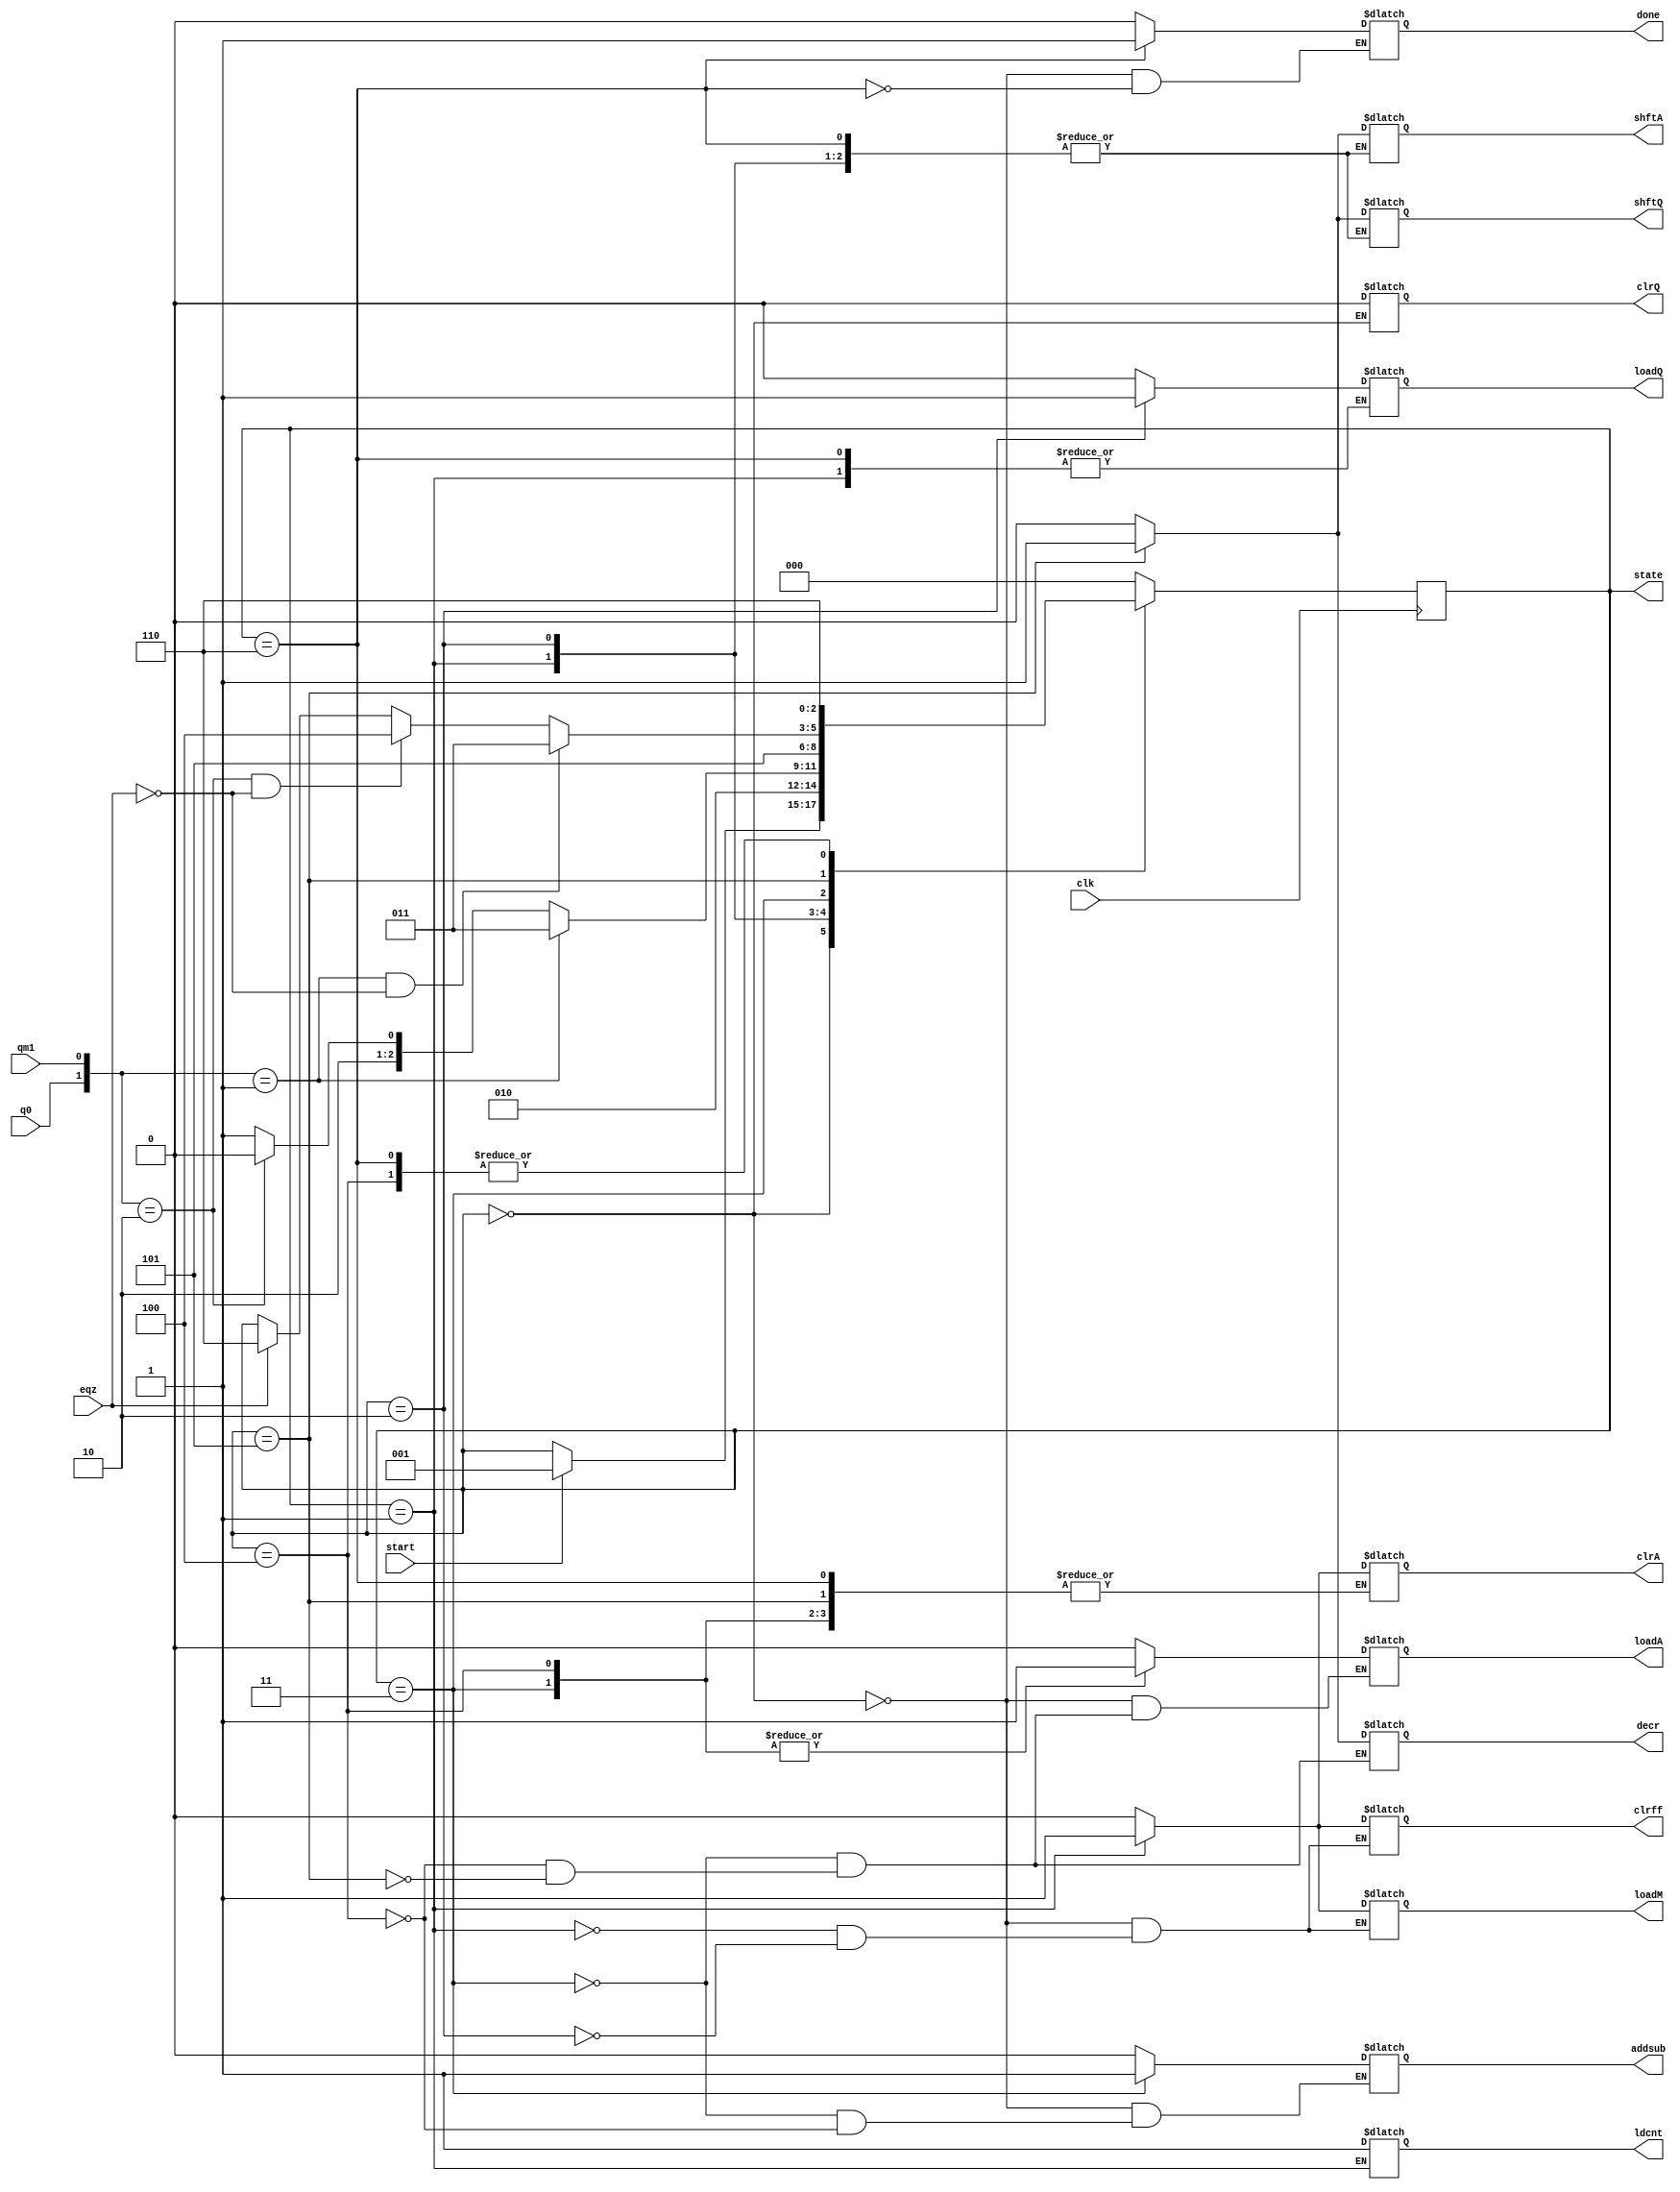
module fsm(state, loadA,clrA,shftA,loadQ,clrQ,shftQ,loadM,clrff,addsub,decr,ldcnt,done,clk,q0,qm1,start,eqz);

    input clk,q0,qm1,start,eqz;
    output reg loadA,clrA,shftA,loadQ,clrQ,shftQ,loadM,clrff,addsub,decr,ldcnt,done;

    output reg [2:0]state;

    parameter S0=3'b000,S1=3'b001,S2=3'b010,S3=3'b011,S4=3'b100,S5=3'b101, S6=3'b110;

    always @(posedge clk)
    begin
         case (state)

            S0: if(start) state<=S1;
            S1: state <= S2;
            S2: if ({q0,qm1} == 2'b01) state <= S3;
                else if({q0,qm1} == 2'b10) state <= S4;
                else state <= S5;
            S3: state <= S5;
            S4: state <= S6;
            S5: #2 if(({q0,qm1} == 2'b01) && !eqz) state <= S3;
                    else if (({q0,qm1} == 2'b10) && !eqz) state <= S4;
                    else if (eqz) state <= S6;
            S6: state <= S6;

            default: state <= S0;


         endcase
    end

always@(state)
begin
    case (state)

        S0: begin clrA=0; loadA=0; shftA=0; clrQ=0; loadQ=0; shftQ=0; loadM=0; clrff=0; done=0; addsub=0; end
        S1: begin clrA=1; clrff=1; loadM=1; ldcnt=1; end
        S2: begin clrA=0; loadM=0;  clrff=0; loadQ = 1; end
        S3: begin loadQ=0; loadA=1; addsub=1; shftA=0; shftQ=0; decr=0; end
        S4: begin loadQ=0; loadA=1; addsub=0; shftA=0; shftQ=0; decr=0;   end
        S5: begin shftA=1; shftQ=1; loadA=0; loadQ=0; decr=1; end
        S6: begin done =1;   end
        default: begin  clrA=0; shftA=0; loadQ=0; shftQ=0;   end
    endcase
end




endmodule